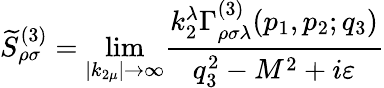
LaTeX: \widetilde{S}_{\rho\sigma}^{(3)}={\operatorname*{lim}_{\left|k_{2\mu}\right|\rightarrow\infty}}\frac{k_{2}^{\lambda}\Gamma_{\rho\sigma\lambda}^{(3)}(p_{1},p_{2};q_{3})}{q_{3}^{2}-M^{2}+i\varepsilon}